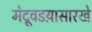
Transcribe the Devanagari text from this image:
मेदूवडय़ासारखे